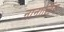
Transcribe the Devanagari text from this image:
नानालिंग